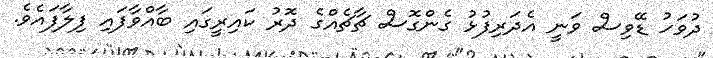
ދުވަހު ޑޭވިސް ވަނީ އެދަރިފުޅު ގެންގޮސް ޗާޗެއްގެ ދޮރު ކައިރީގައި ބާއްވާފައި ފިލާފައެވެ.